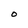
Character: 0